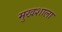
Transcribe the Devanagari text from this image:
मुखशाला